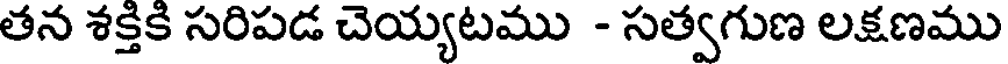
తన శక్తికి సరిపడ చెయ్యటము - సత్వగుణ లక్షణము